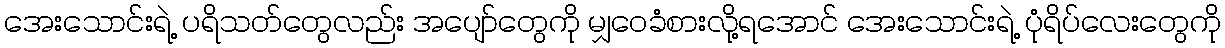
အေးသောင်းရဲ့ ပရိသတ်တွေလည်း အပျော်တွေကို မျှဝေခံစားလို့ရအောင် အေးသောင်းရဲ့ ပုံရိပ်လေးတွေကို